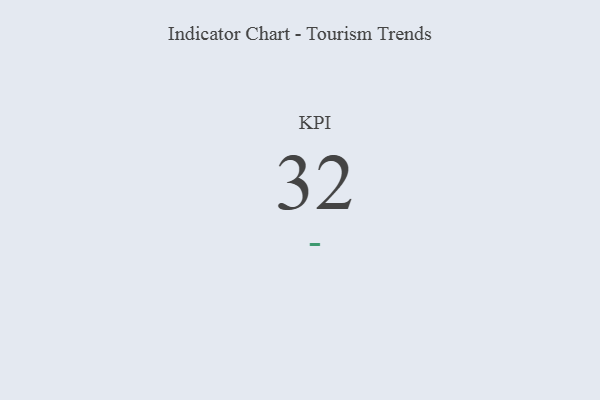
{"axis": {"x": "KPI", "y": "Value"}, "legend": [""], "data": [{"x": "KPI", "y": 32, "type": ""}]}